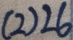
( 2 ) 2 6